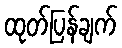
ထုတ်ပြန်ချက်